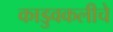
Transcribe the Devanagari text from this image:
काडुवकलीचे